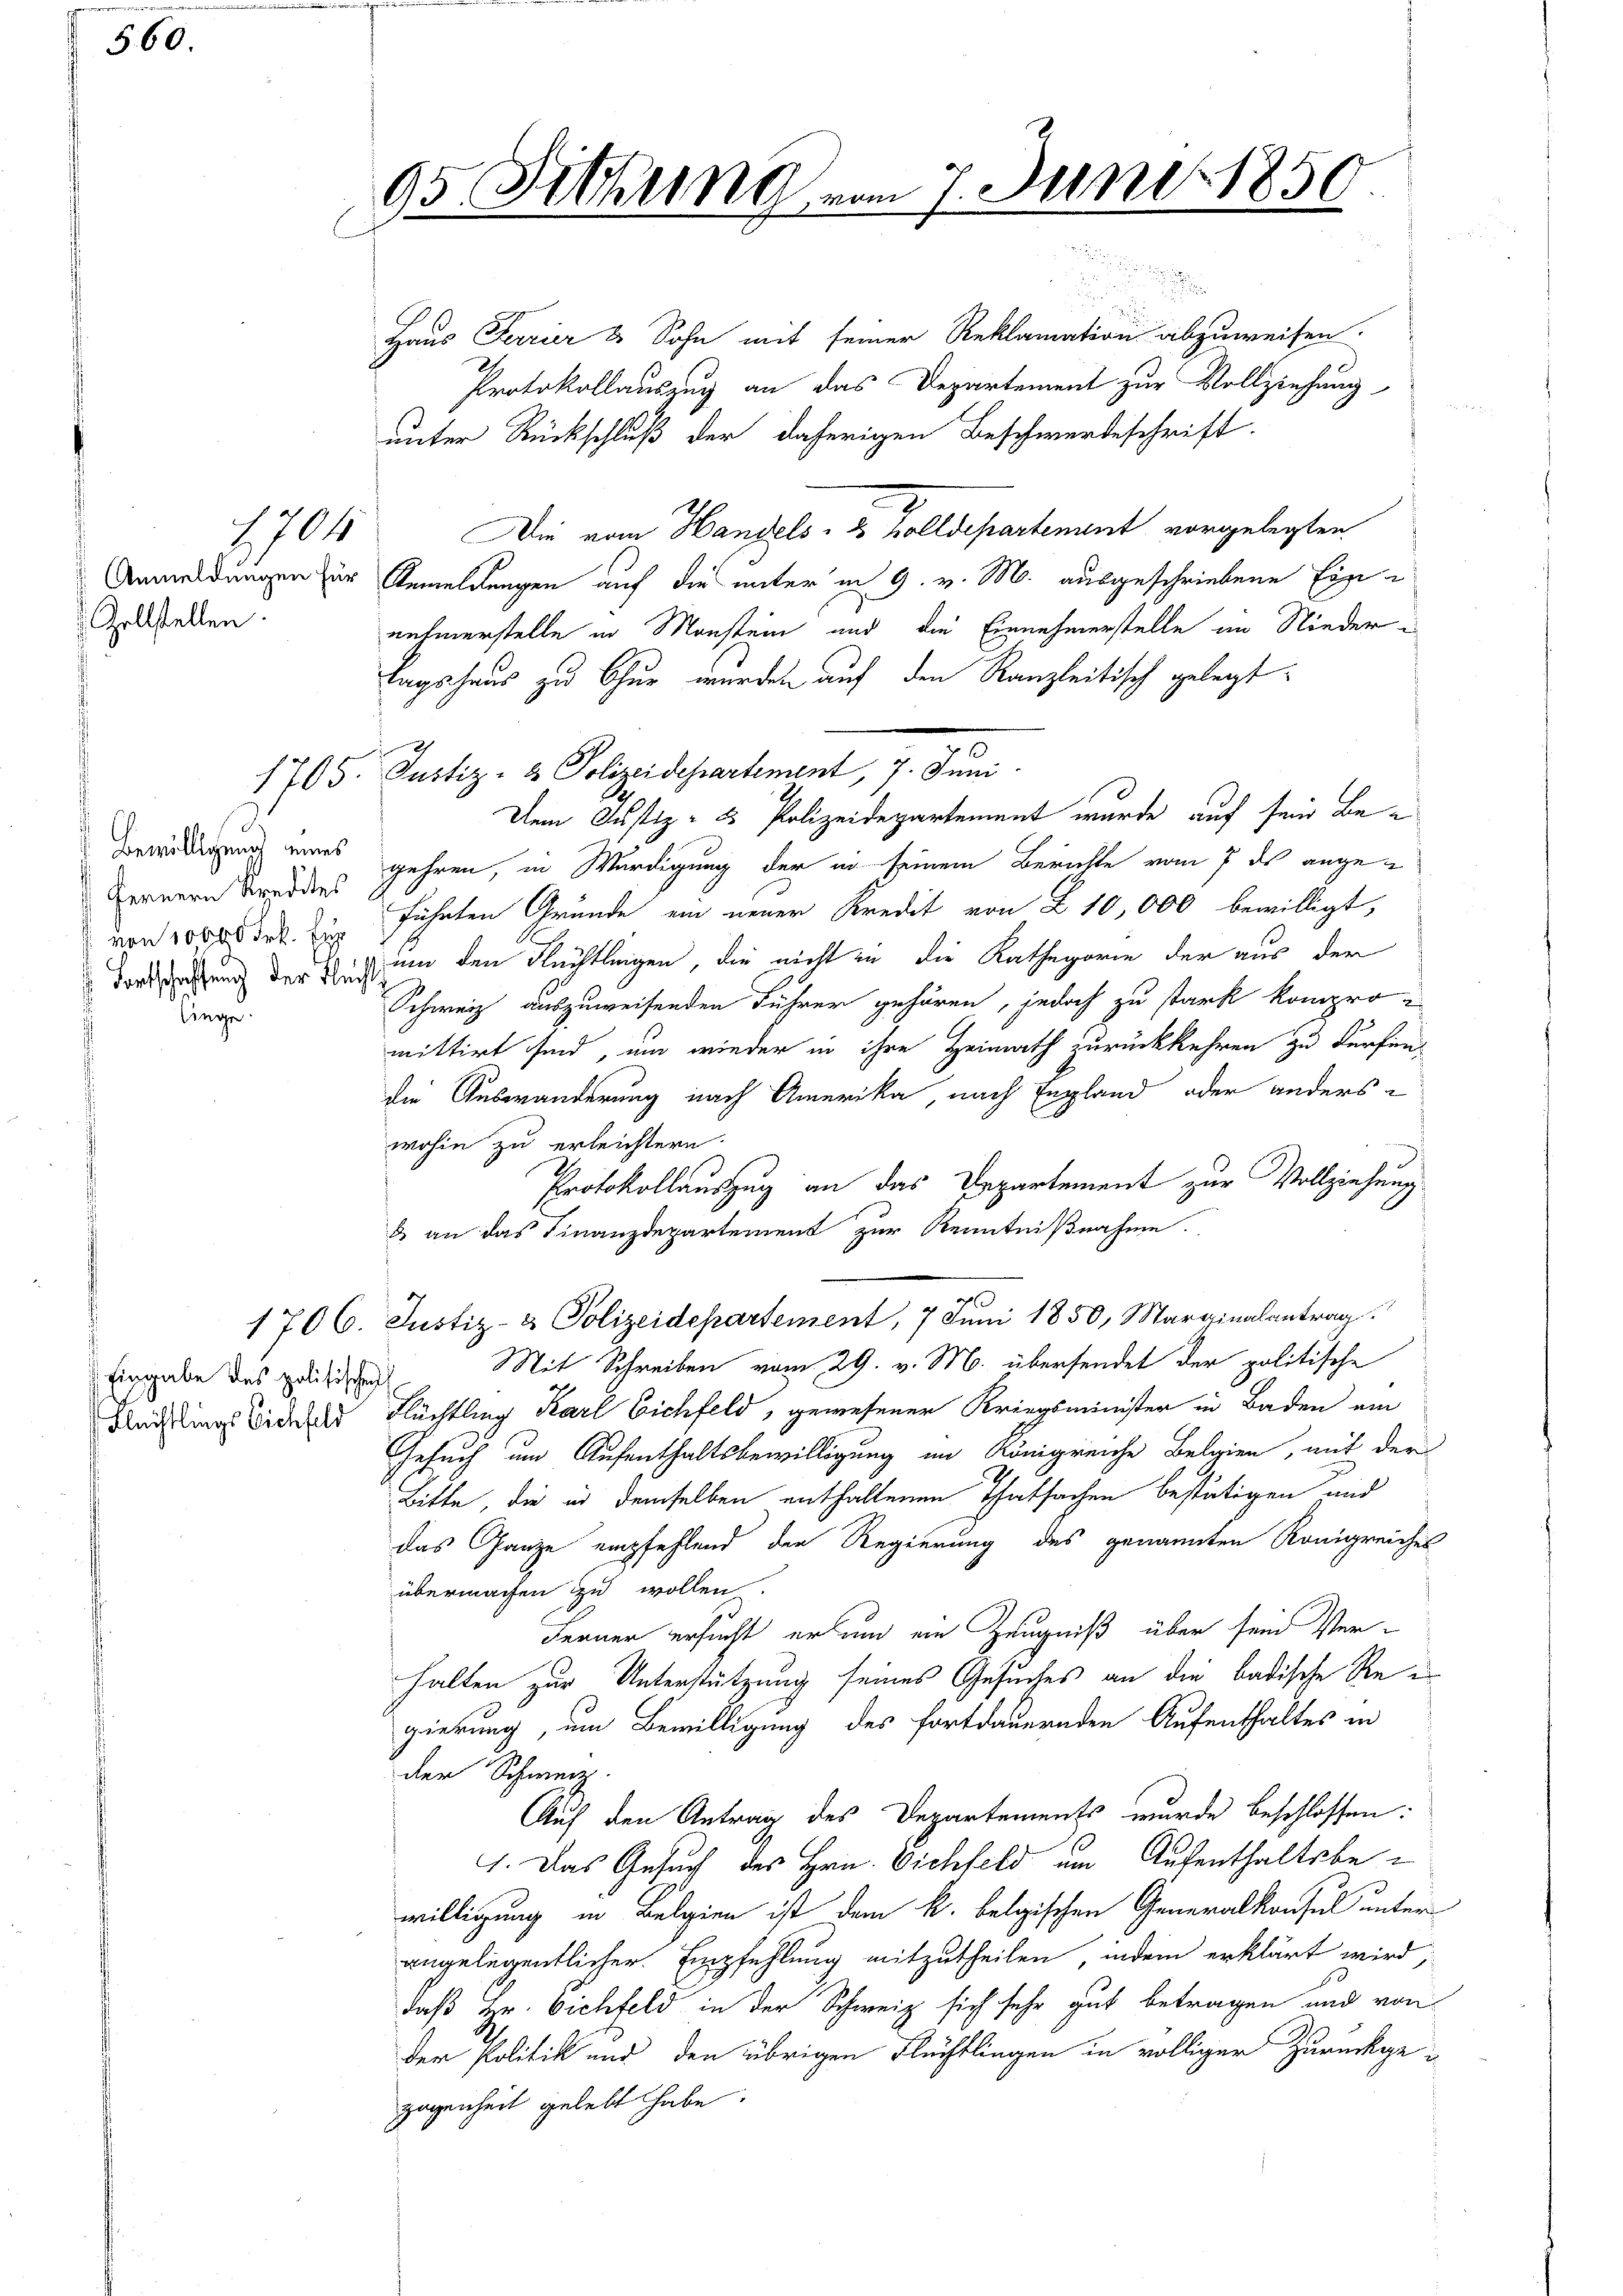
n

560.

Zollstellen.

Bewilligung eines
 fernern Kredites
 von 10000 Frk. Ein
binge

8705

Eingabe des politischen
Flechtlings Eichfeld

95. Fethung vom 7. Juni 1850.

i
Haus Ferrier & Sohn mit seiner Reklamation abzuweisen.
Protokollauszug an das Departement zur Vollziehung
unter Rückschluß der daherigen Beschwerdeschrift.
Die vom Handels- & Zolldepartement vorgelegten
Anmeldungen zur Anmeldungen auf die unter am 9. v. M. ausgeschriebene Einnehmerstelle in Monsten und die Einnehmerstelle im Nieder i
tagshaus zu Chur werden auf den Kanzleitisch gelegt.
2
Dem Justiz- & Polizeidepartement wurde auf sein Begehren, in Würdigung der in seinem Berichte vom 7 des angeführten Gründe ein neuer Kredit von Z 10,000 bewilligt,
Dortsetzung der ich und den Flüchtlingen, die nicht in die Kathegorie der aus der
Schweiz auszuweisenden Führer gehören, jedoch zu stark kompro-
mittirt sind, um wieder in ihre Heimath zurückkehren zu dürfen.
die Auswanderung nach Amerika, nach England oder anders
wohin zu erleichtern.
Protokollauszug an das Departement zur Vollziehung
& an das Finanzdepartement zur Kenntnißnahme.
1706. Justiz- & Polizeidepartement, 7 Juni 1850, Marginalantrag
Mit Schreiben vom 29. v. M. übersendet der politische
Flüchtling Karl Eichfeld, gewesener Kriegsminister in Baden ein
Gesuch um Aufenthaltsbewilligung im Königreiche Belgien, mit der
Bitte, die in demselben enthaltenen Thatsachen bestätigen und
das Ganze empfehlend der Regierung des genannten Königreiches
übermachen zu wollen.
Ferner ersucht er und ein Zeugniß über sein Verhalten zur Unterstützung seines Gesuches an die badische Reis
gierung, um Bewilligung des fortdauernden Aufenthaltes in
der Schweiz.
Auf den Antrag des Departements wurde beschlossen:
1. Das Gesuch des Hrn. Vichfeld am Aufenthaltsbe-
willigung in Belgien ist dem k. belgischen Generalkonsul unter
angelegentlicher Empfehlung mitzutheilen, indem erklärt wird,
daß Hr. Vichfeld in der Schweiz sich sehr gut betragen und von
der Politik und den übrigen Flüchtlingen in völliger Zurückgegegenheit gelebt habe.

1705. Justiz- & Polizeidepartement, 7. Juni.